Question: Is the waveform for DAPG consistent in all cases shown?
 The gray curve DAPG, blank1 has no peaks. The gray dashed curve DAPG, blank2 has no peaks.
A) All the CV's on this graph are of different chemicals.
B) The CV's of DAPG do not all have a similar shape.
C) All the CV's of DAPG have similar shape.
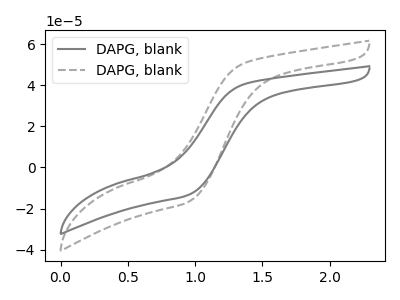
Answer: <think>Neither "DAPG, blank1" or "DAPG, blank2" have any peaks.
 </think>
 <answer>C) All the CV's of "DAPG" have similar shape.</answer>
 <eval>C</eval>